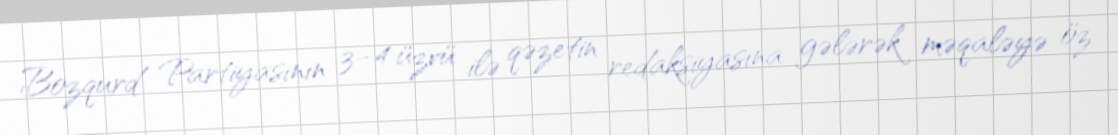
Bozqurd Partiyasının 3–4 üzvü ilə qəzetin redaksiyasına gələrək məqaləyə öz